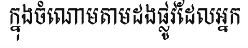
ក្នុងចំណោមតាមដងផ្លូវដែលអ្នក